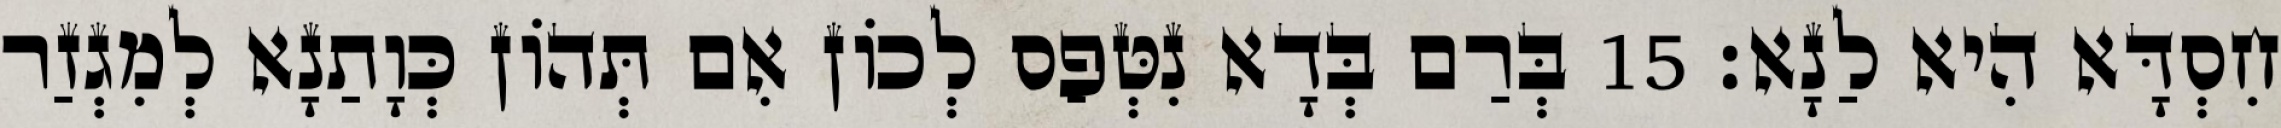
חִסְדָּא הִיא לַנָא׃ 15 בְּרַם בְּדָא נִטְּפַס לְכוֹן אִם תְּהוֹן כְּוָתַנָא לְמִגְזַר